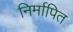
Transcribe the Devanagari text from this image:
निर्मापित